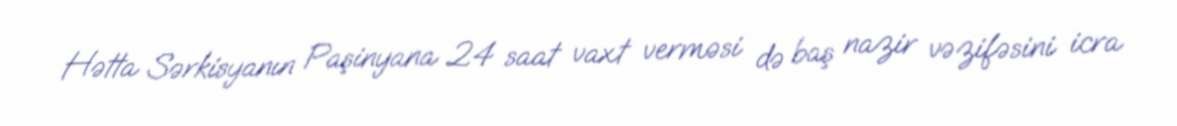
Hətta Sərkisyanın Paşinyana 24 saat vaxt verməsi də baş nazir vəzifəsini icra